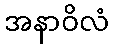
အနာဝိလံ